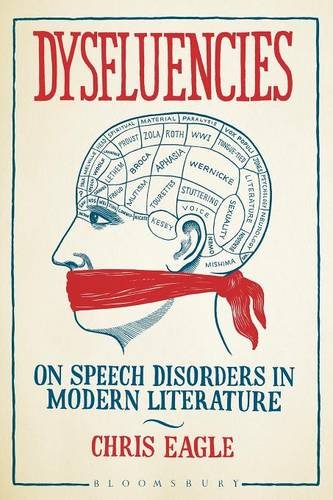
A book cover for Dysfluencies: On Speech Disorders in Modern Literature; Chris Eagle; Literature & Fiction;